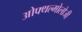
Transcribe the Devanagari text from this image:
ओफ्थल्मोलोजी